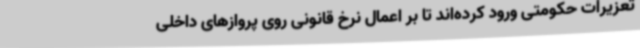
تعزیرات حکومتی ورود کرده‌اند تا بر اعمال نرخ قانونی روی پروازهای داخلی